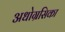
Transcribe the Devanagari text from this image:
अधोग्रसिका